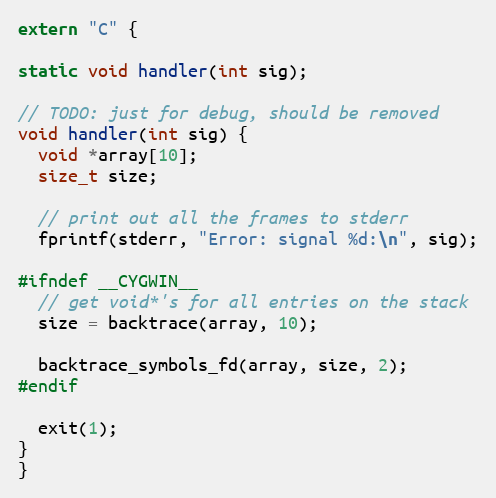
Language: C++
extern "C" {

static void handler(int sig);

// TODO: just for debug, should be removed
void handler(int sig) {
  void *array[10];
  size_t size;

  // print out all the frames to stderr
  fprintf(stderr, "Error: signal %d:\n", sig);

#ifndef __CYGWIN__
  // get void*'s for all entries on the stack
  size = backtrace(array, 10);

  backtrace_symbols_fd(array, size, 2);
#endif

  exit(1);
}
}